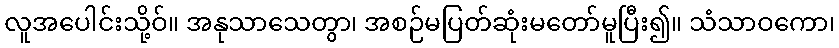
လူအပေါင်းသို့ဝ်။ အနုသာသေတွာ၊ အစဉ်မပြတ်ဆုံးမတော်မူပြီး၍။ သံသာဝကော၊